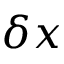
\delta x